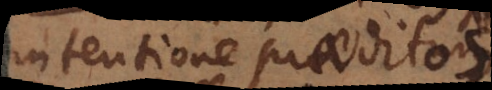
intentione praeditos,